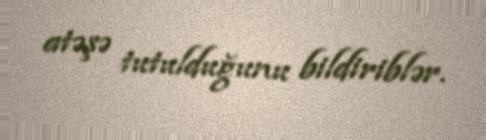
atəşə tutulduğunu bildiriblər.